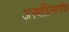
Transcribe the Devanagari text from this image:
अस्थींप्रमाणेच